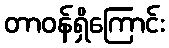
တာဝန်ရှိကြောင်း